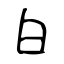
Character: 白